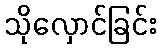
သိုလှောင်ခြင်း